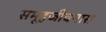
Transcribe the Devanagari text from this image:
समूहजीवनास